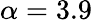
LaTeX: \alpha=3.9